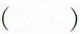
()